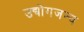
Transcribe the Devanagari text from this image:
उद्योगजन्य